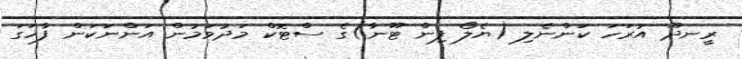
ރީނދޫ އުރަހަ ކަންނެލި (ޔެލޯ ފިން ޓޫނާ)ގެ ސްޓޮކް މަދުވަމުން އަންނަކަން ފާހަގަ